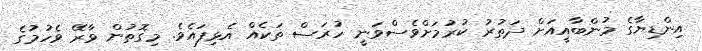
އިންޑިޔާގެ މުންބާއީއަށް ދަތުރު ކުރުމަށްވެސްވަނީ ހުރަސް ތަކެއް އެޅިފައެވެ. މިގޮތުން ވާރޭ ވެހުމުގެ